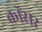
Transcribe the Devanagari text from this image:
क्रॉसर